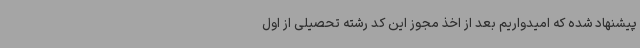
پیشنهاد شده که امیدواریم بعد از اخذ مجوز این کد رشته تحصیلی از اول